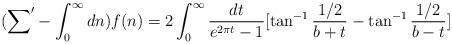
LaTeX: \begin{align*}({\sum}'-\int_0^{\infty}dn)f(n)=2\int_0^{\infty}\frac{dt}{e^{2\pi t}-1}[\tan^{-1}\frac{1/2}{b+t}-\tan^{-1}\frac{1/2}{b-t}]\end{align*}